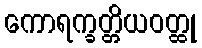
ကောရက္ခတ္တိယဝတ္ထု